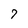
Character: 7